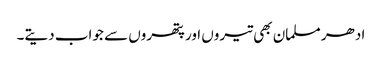
ادھر مسلمان بھی تیروں اور پتھروں سے جواب دیتے۔